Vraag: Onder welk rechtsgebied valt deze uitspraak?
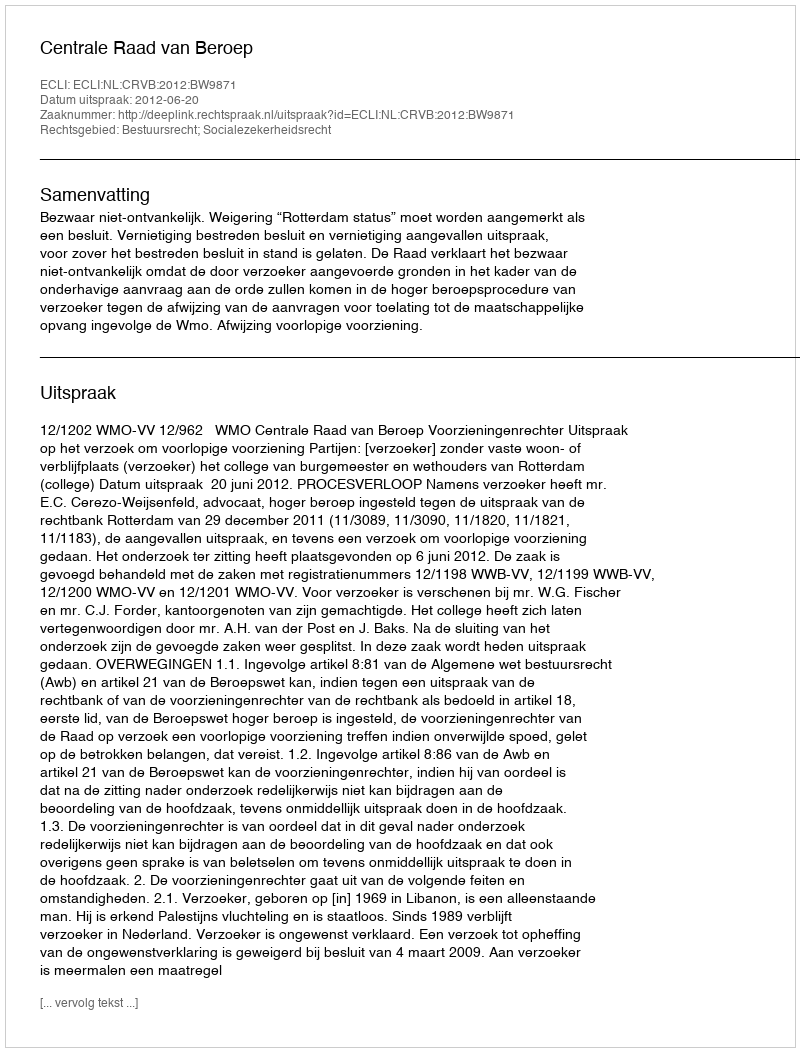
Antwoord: Bestuursrecht; Socialezekerheidsrecht